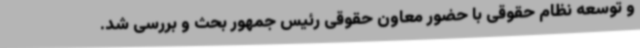
و توسعه نظام حقوقی با حضور معاون حقوقی رئیس جمهور بحث و بررسی شد.